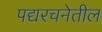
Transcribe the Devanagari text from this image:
पद्यरचनेतील